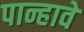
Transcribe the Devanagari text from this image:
पान्हावे